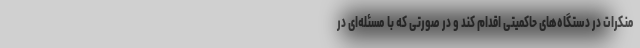
منکرات در دستگاه‌های حاکمیتی اقدام کند و در صورتی که با مسئله‌ای در